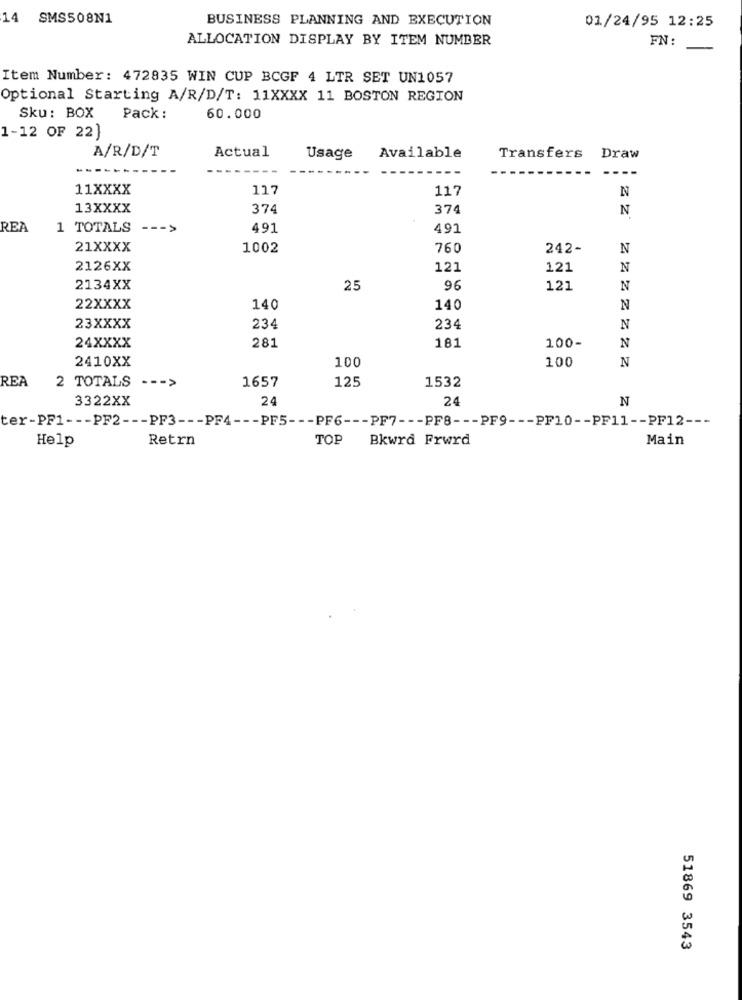
14 SMS508N1
BUSINESS PLANNING AND EXECUTION
01/24/95 12:25
ALLOCATION DISPLAY BY ITEM NUMBER
FN:
Item Number: 472835 WIN CUP BCGF 4 LTR SET UN1057
Optional Starting A/R/D/T: 11XXXX 11 BOSTON REGION
Sku: BOX
Pack :
60.000
1-12 OF 22)
A/R/D/T
Actual
Usage
Available
Transfers
Draw
---
11XXXX
117
117
N
13XXXX
374
374
N
REA
1 TOTALS --- >
491
491
21XXXX
1002
760
242-
N
2126XX
121
121
N
2134XX
25
96
121
N
22XXXX
140
140
N
23XXXX
234
234
N
24XXXX
281
181
100-
N
2410XX
100
100
N
REA
2 TOTALS --- >
1657
125
1532
3322XX
24
24
N
ter-PF1 --- PF2 --- PF3 --- PF4 --- PF5 --- PF6 --- PF7 --- PF8 --- PF9 --- PF10 -- PF11 -- PF12 ---
Help
Retrn
TOP
Bkwrd Frwrd
Main
51869 3543